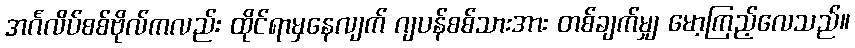
အင်္ဂလိပ်စစ်ဗိုလ်ကလည်း ထိုင်ရာမှနေလျက် ဂျပန်စစ်သားအား တစ်ချက်မျှ မော့ကြည့်လေသည်။